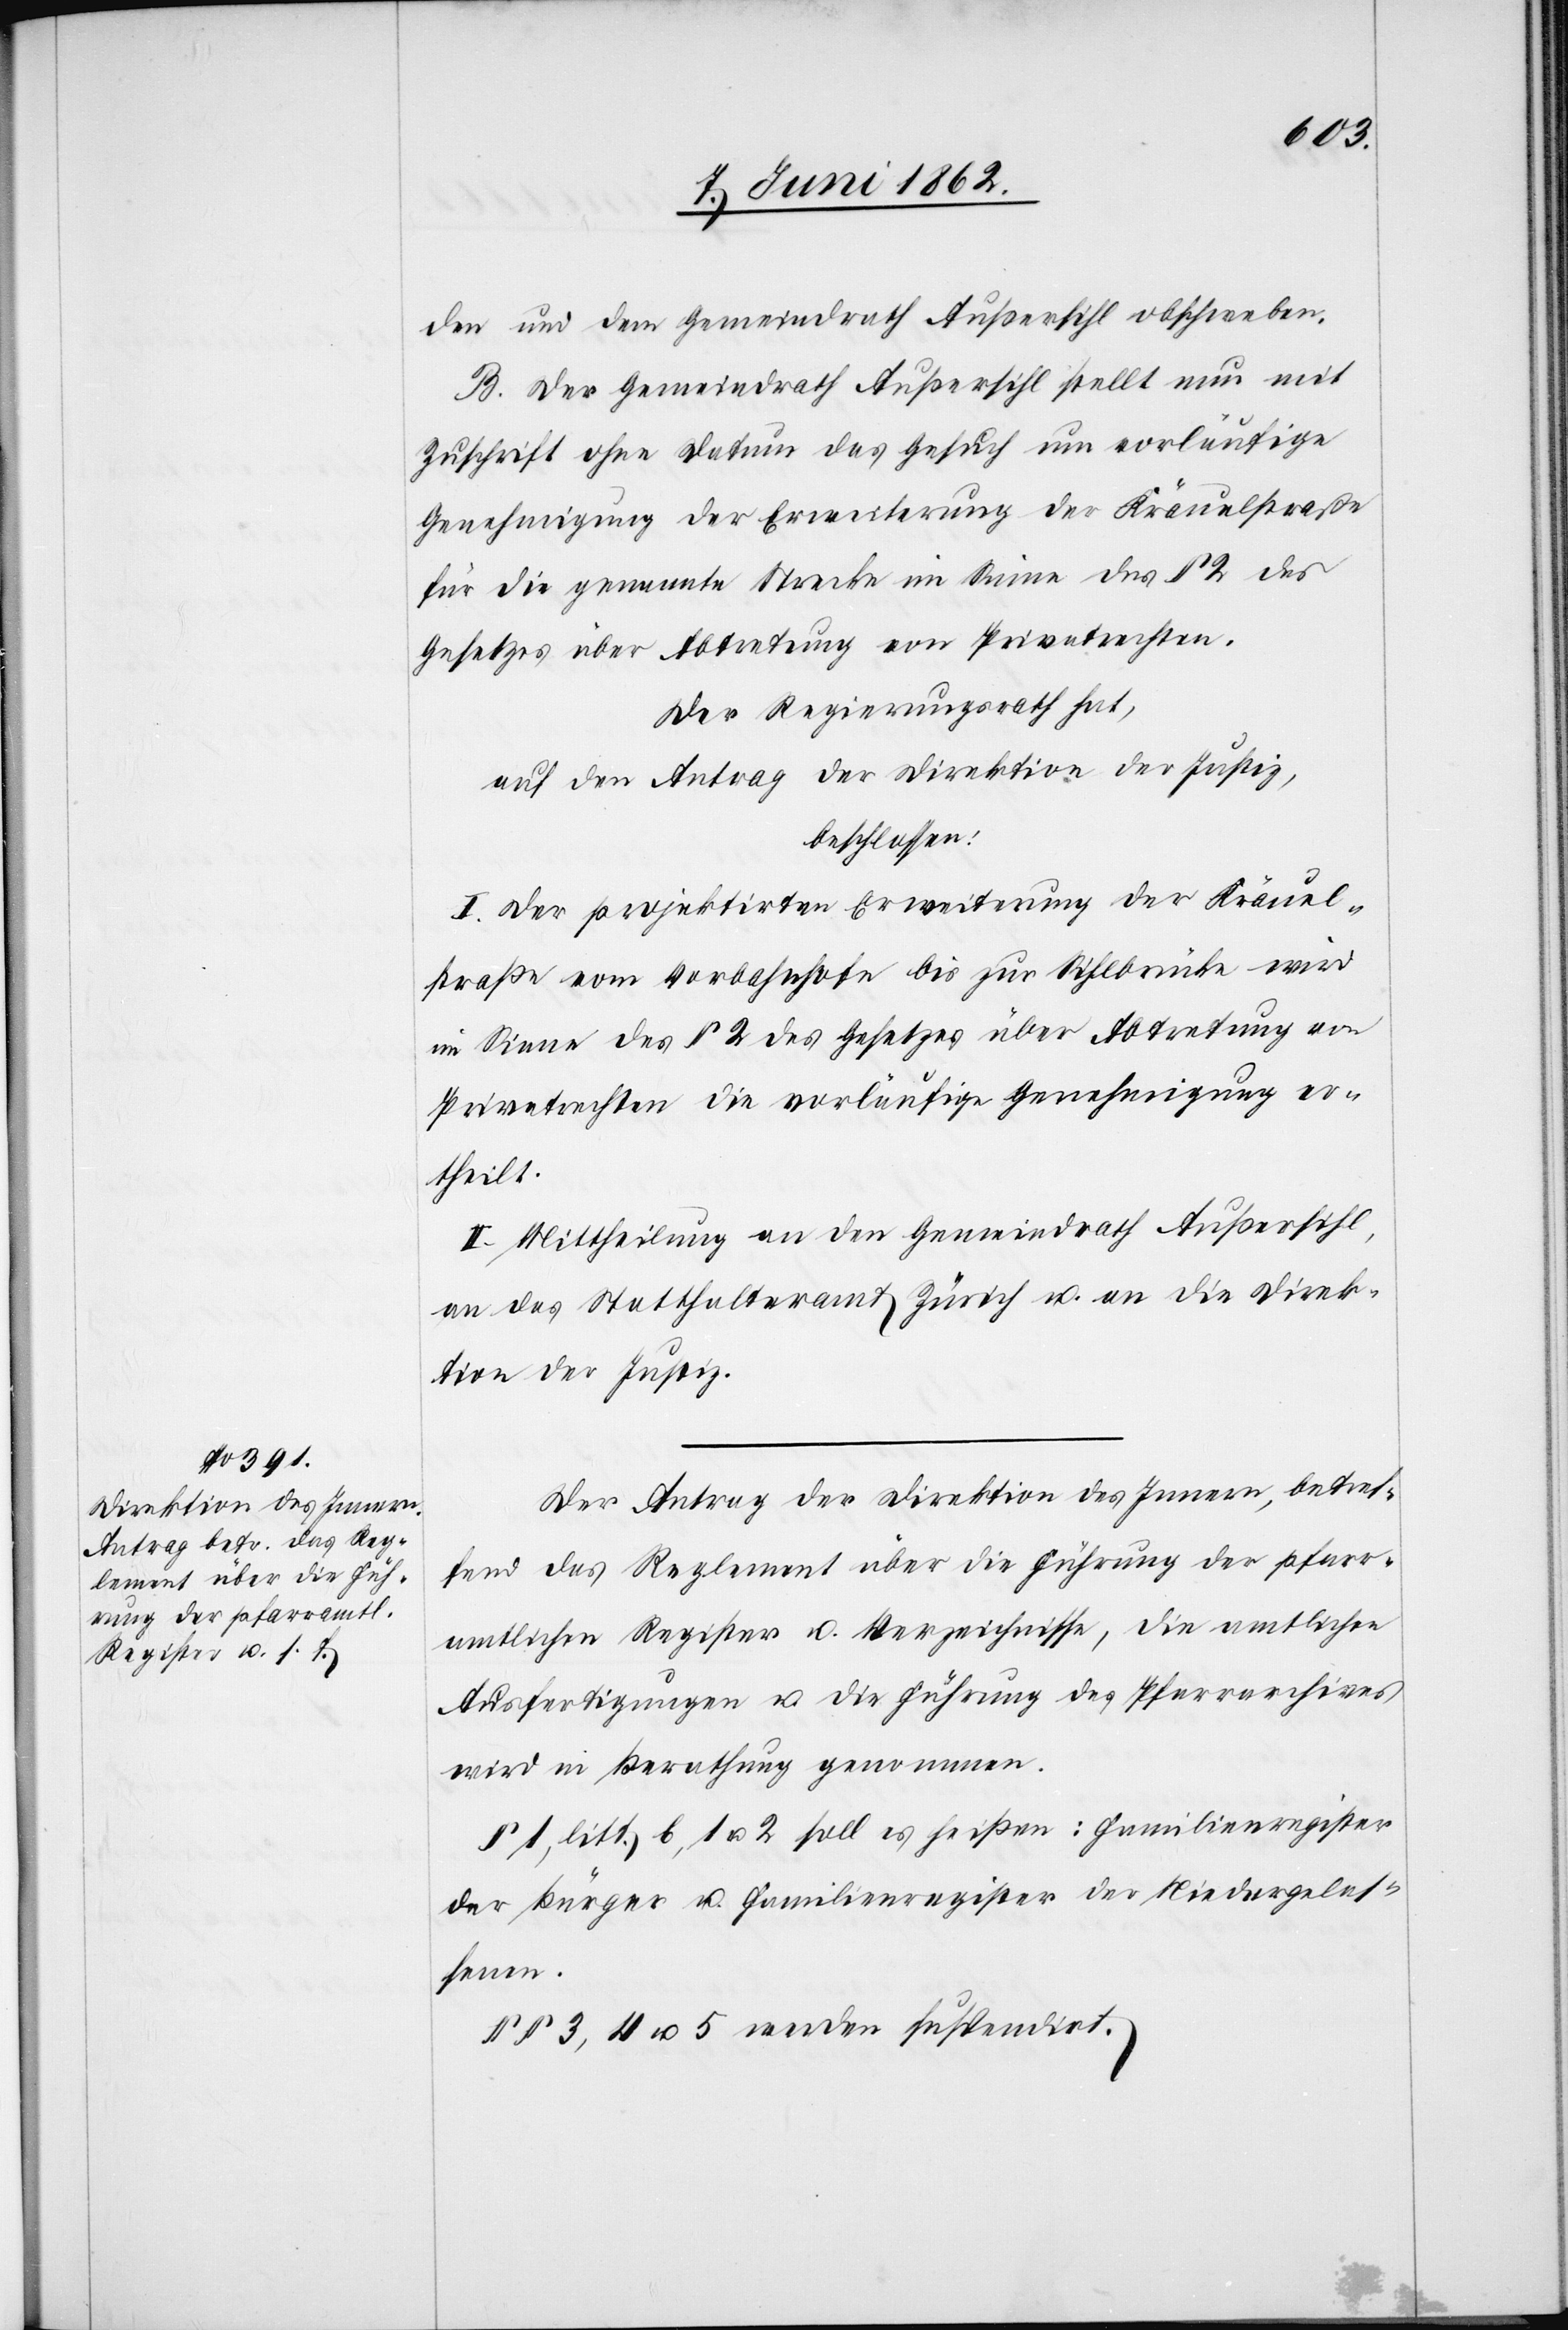
den und dem Gemeindrath Außersihl obschweben.
B. Der Gemeindrath Außersihl stellt nun mit
Zuschrift ohne Datum das Gesuch um vorläufige
Genehmigung der Erweiterung der Kräuelstraße
für die genannte Strecke im Sinne des § 2 des
Gesetzes über Abtretung von Privatrechten.
Der Regierungsrath hat,
auf den Antrag der Direktion der Justiz,
beschlossen:
I. Der projektirten Erweiterung der Kräuel¬
straße vom Vorbahnhof bis zur Sihlbrücke wird
im Sinne des § 2 des Gesetzes über Abtretung von
Privatrechten die vorläufige Genehmigung er¬
theilt.
II. Mittheilung an den Gemeindrath Außersihl,
an das Statthalteramt Zürich u. an die Direk¬
tion der Justiz.
Der Antrag der Direktion des Innern, betref¬
fend das Reglement über die Führung der pfarr¬
amtlichen Register u. Verzeichnisse, die amtlichen
Ausfertigungen u. die Führung des Pfarrarchives
wird in Berathung genommen.
§ 1, litt. b, 1 u. 2 soll es heißen: Familienregister
der Bürger u. Familienregister der Niedergelas¬
senen.
§§ 3, 4 u. 5 werden suspendirt.